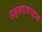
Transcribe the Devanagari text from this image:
उत्तराषाढात